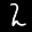
Label: 2